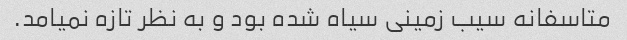
متاسفانه سیب زمینی سیاه شده بود و به نظر تازه نمیامد.